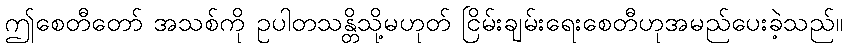
ဤစေတီတော် အသစ်ကို ဥပါတသန္တိသို့မဟုတ် ငြိမ်းချမ်းရေးစေတီဟုအမည်ပေးခဲ့သည်။